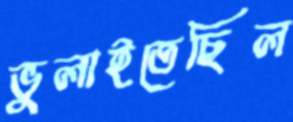
ভুলাইতেছিল